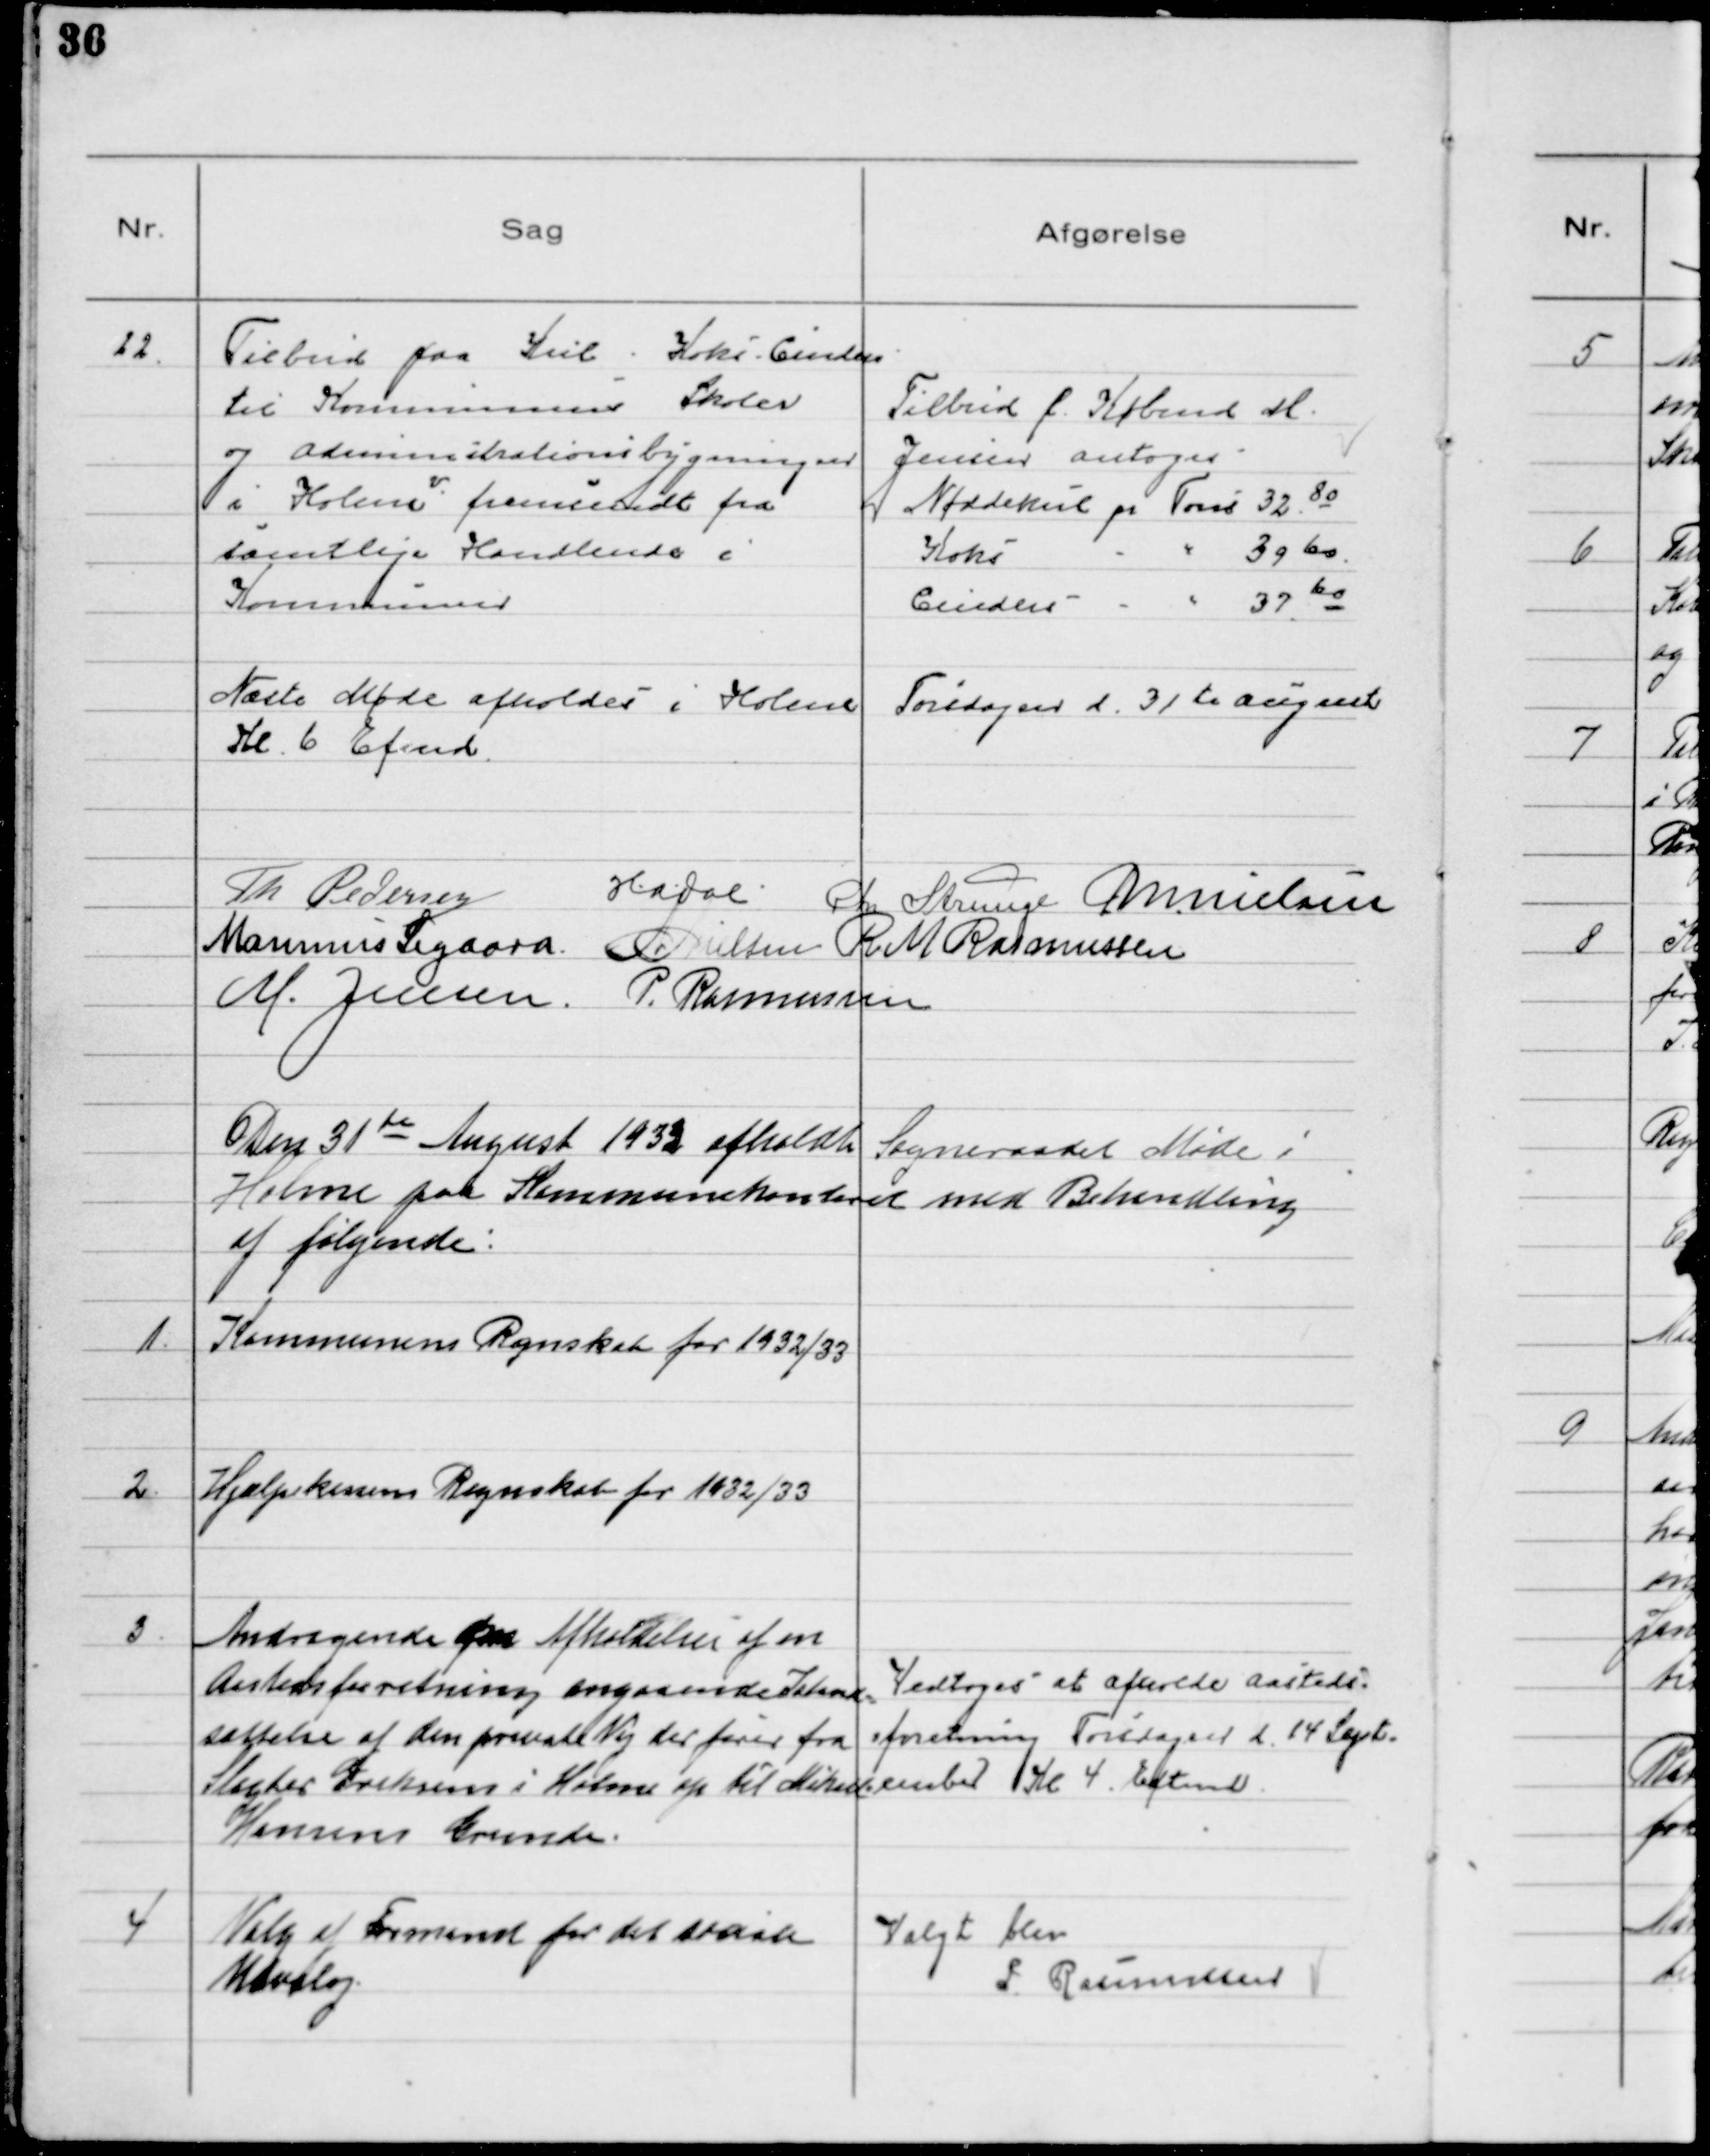
Transskription:
22.
Tilbud paa Kul - Koks - Cinders
til Kommunens Skoler
og Administrationsbygninger
i Holme fremsendt fra
samtlige Handlende i
Kommunen

Tilbud f. Købmd M.
Jensen antoges
Nøddekul pr Tons 32 80
Koks 〃〃39 60
Cinders 〃〃37 60

Næste Møde afholdes i Holme Torsdagen d. 31te August
Kl. 6 Efmd.
Th Pedersen
HADal
Chr Strunge MNielsen
Marinus Sigaard NNielsen R M Rasmussen
M. Jensen. P. Rasmussen

Den 31te August 1933 afholdt Sogneraadet Møde i
Holme paa Kommunekontoret med Behandling
af følgende:

1.
Kommunens Regnskab for 1932/33.

2.
Hjælpekassens Regnskab for 1932/33

3.
Andragende om Afholdelse af m
Aastedsforretning angaaende Istand-
sættelse af den private Vej der fører fra
Slagter Eriksen i Holme op til Mikael
Hansens Grunde.

Vedtoges at afholde Aasteds-
foretning Torsdagen d. 14 Sept-
ember Kl 4. Eftmd.

4
Valg af Formand for det sociale
Udvalg.

Valgt blev
P. Rasmussen